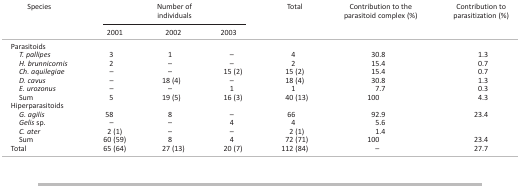
<table><thead><tr><td rowspan="2"><b>Species</b></td><td colspan="3"><b>Number of individuals</b></td><td rowspan="2"><b>Total</b></td><td rowspan="2"><b>Contribution to the parasitoid complex (%)</b></td><td rowspan="2"><b>Contribution to parasitization (%)</b></td></tr><tr><td><b>2001</b></td><td><b>2002</b></td><td><b>2003</b></td></tr></thead><tbody><tr><td colspan="7">Parasitoids</td></tr><tr><td> <i>T. pallipes</i></td><td>3</td><td>1</td><td>–</td><td>4</td><td>30.8</td><td>1.3</td></tr><tr><td> <i>H. brunnicornis</i></td><td>2</td><td>–</td><td>–</td><td>2</td><td>15.4</td><td>0.7</td></tr><tr><td> <i>Ch. aquilegiae</i></td><td>–</td><td>–</td><td>15 (2)</td><td>15 (2)</td><td>15.4</td><td>0.7</td></tr><tr><td> <i>D. cavus</i></td><td>–</td><td>18 (4)</td><td>–</td><td>18 (4)</td><td>30.8</td><td>1.3</td></tr><tr><td> <i>E. urozonus</i></td><td>–</td><td>–</td><td>1</td><td>1</td><td>7.7</td><td>0.3</td></tr><tr><td> Sum</td><td>5</td><td>19 (5)</td><td>16 (3)</td><td>40 (13)</td><td>100</td><td>4.3</td></tr><tr><td colspan="7">Hiperparasitoids</td></tr><tr><td> <i>G. agilis</i></td><td>58</td><td>8</td><td>–</td><td>66</td><td>92.9</td><td rowspan="3">23.4</td></tr><tr><td> <i>Gelis</i>sp.</td><td>–</td><td>–</td><td>4</td><td>4</td><td>5.6</td></tr><tr><td> <i>C. ater</i></td><td>2 (1)</td><td>–</td><td>–</td><td>2 (1)</td><td>1.4</td></tr><tr><td> Sum</td><td>60 (59)</td><td>8</td><td>4</td><td>72 (71)</td><td>100</td><td>23.4</td></tr><tr><td>Total</td><td>65 (64)</td><td>27 (13)</td><td>20 (7)</td><td>112 (84)</td><td>–</td><td>27.7</td></tr></tbody></table>